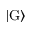
| \mathrm { G } \rangle